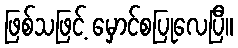
ဖြစ်သဖြင့် မှောင်စပြုလေပြီ။